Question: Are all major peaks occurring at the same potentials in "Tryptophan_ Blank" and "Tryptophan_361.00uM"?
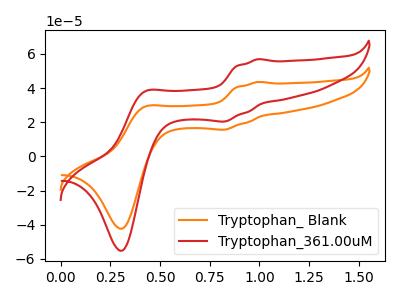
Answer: <think>The orange curve "Tryptophan_ Blank" has anodic peaks at (1.00V, 43.60uA) (0.40V, 29.05uA) and cathodic peaks at (0.80V, 15.65uA) (0.30V, -42.35uA). The red curve "Tryptophan_361.00uM" has anodic peaks at (1.00V, 56.90uA) (0.40V, 37.95uA) and cathodic peaks at (0.80V, 20.45uA) (0.30V, -55.25uA).</think>
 <answer>Yes, "Tryptophan_ Blank" have a peak in "Tryptophan_361.00uM" at the same potential.</answer>
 <eval>match</eval>